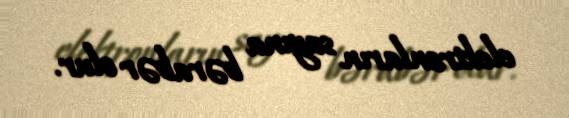
elektronların sayına bərabər olur.